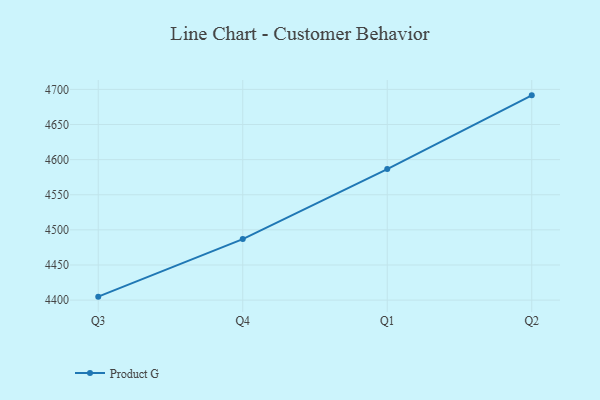
{"axis": {"x": "Quarter", "y": "Backlog"}, "legend": ["Product G"], "data": [{"x": "Q3", "y": 4404.9, "type": "Product G"}, {"x": "Q4", "y": 4486.9, "type": "Product G"}, {"x": "Q1", "y": 4586.5, "type": "Product G"}, {"x": "Q2", "y": 4691.5, "type": "Product G"}]}